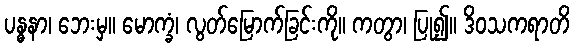
ပန္ဓနာ၊ ဘေးမှ။ မောက္ခံ၊ လွတ်မြောက်ခြင်းကို။ ကတွာ၊ ပြု၍။ ဒိဝသကရာတိ